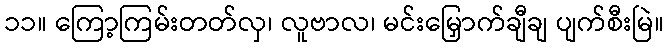
၁၁။ ကြော့ကြမ်းတတ်လှ၊ လူဗာလ၊ မင်းမြှောက်ချီချ ပျက်စီးမြဲ။